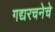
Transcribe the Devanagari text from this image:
गद्यरचनेचे